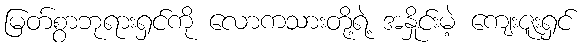
မြတ်စွာဘုရားရှင်ကို လောကသားတို့ရဲ့ အနှိုင်းမဲ့ ကျေးဇူးရှင်